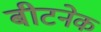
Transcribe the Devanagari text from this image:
बीटनेक